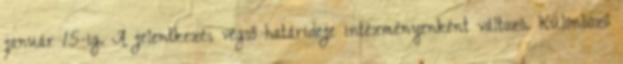
január 15-ig. A jelentkezés végső határideje intézményenként változó. Különböző